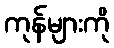
ကုန်များကို